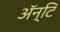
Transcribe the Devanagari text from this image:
अॅन्टि